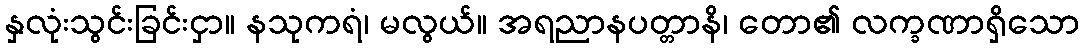
နှလုံးသွင်းခြင်းငှာ။ နသုကရံ၊ မလွယ်။ အရညာနပတ္တာနိ၊ တော၏ လက္ခဏာရှိသော